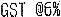
GST @6%